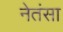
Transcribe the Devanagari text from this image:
नेतंसा